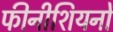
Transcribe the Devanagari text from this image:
फीनीशियनों